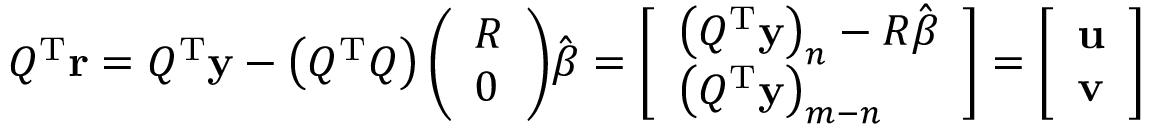
Q ^ { \mathrm { { T } } } \mathbf { r } = Q ^ { \mathrm { { T } } } \mathbf { y } - \left( Q ^ { \mathrm { { T } } } Q \right) { \left( \begin{array} { l } { R } \\ { 0 } \end{array} \right) } { \hat { \boldsymbol { \beta } } } = { \left[ \begin{array} { l } { \left( Q ^ { \mathrm { { T } } } \mathbf { y } \right) _ { n } - R { \hat { \boldsymbol { \beta } } } } \\ { \left( Q ^ { \mathrm { { T } } } \mathbf { y } \right) _ { m - n } } \end{array} \right] } = { \left[ \begin{array} { l } { \mathbf { u } } \\ { \mathbf { v } } \end{array} \right] }